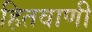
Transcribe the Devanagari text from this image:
हितवाणी